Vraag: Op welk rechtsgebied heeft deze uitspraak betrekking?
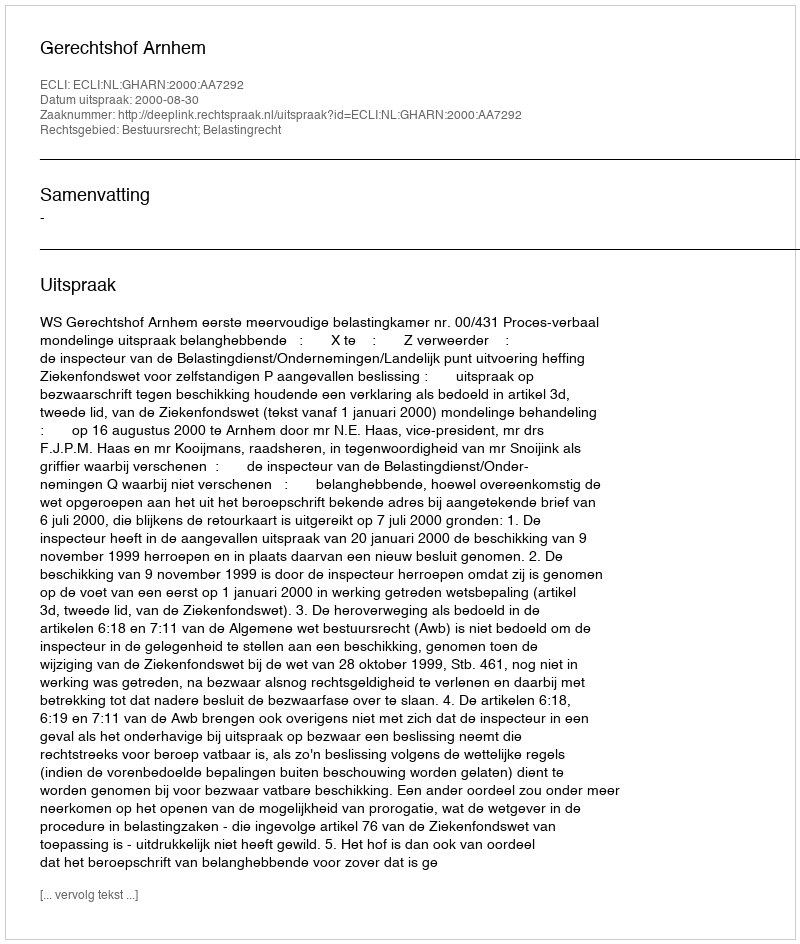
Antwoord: Bestuursrecht; Belastingrecht